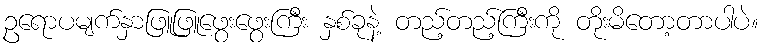
ဥရောပမျက်နှာဖြူဖြူဖွေးဖွေးကြီး နှစ်ခုနဲ့ တည့်တည့်ကြီးကို တိုးမိတော့တာပါပဲ။